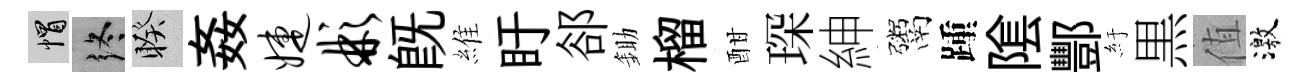
帽终睽姦婕彬旣維盱郤鋤榴酣琛紳鬻踵隂酆紆黒值激